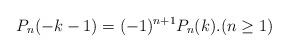
LaTeX: \begin{align*} P_n(-k-1)=(-1)^{n+1} P_n(k). (n\geq 1)\end{align*}